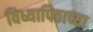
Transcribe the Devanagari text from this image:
विध्यापिठाच्या